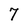
Character: 7